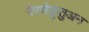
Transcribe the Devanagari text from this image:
पेरसेकुतुअन